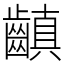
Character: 齻